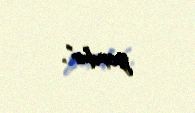
yoxdur”.